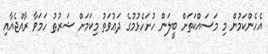
އެހެންކަމުން މި މަސައްކަތަށް ބީލަން ހުށަހެޅުމުގެ ދަޢުވަތު މިކަމަށް ޝަރުޠު ހަމަވާ ރާއްޖެއާއި